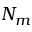
N _ { m }